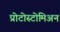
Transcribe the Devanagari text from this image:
प्रोटोस्टोमिअन